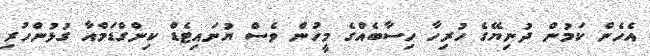
އެހެން ކަމުން ދުނިޔޭގެ ހުރިހާ ހިސާބެއްގެ މީހުން ވެސް ޔުނައިޓެޑް ކިންގްޑަމްއާ ގުޅުންހުރި